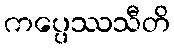
ကပ္ပေဿသီတိ